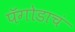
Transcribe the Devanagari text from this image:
पॅगोडाचं